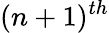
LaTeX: (n+1)^{th}